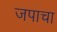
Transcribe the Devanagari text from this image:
जपाचा